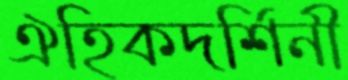
ঐহিকদর্শিনী